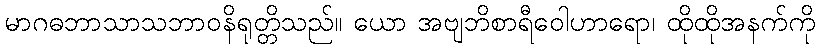
မာဂဓဘာသာသဘာဝနိရုတ္တိသည်။ ယော အဗျဘိစာရီဝေါဟာရော၊ ထိုထိုအနက်ကို